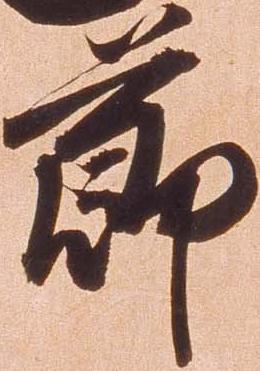
節